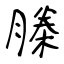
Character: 榺